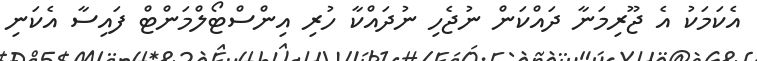
އެކަމަކު އެ ޖޫރިމަނާ ދައްކަން ނުޖެހި ނުދައްކާ ހުރި އިންސްޓޯލްމަންޓް ފައިސާ އެކަނި